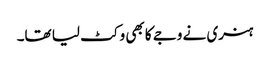
ہنری نے وجے کا بھی وکٹ لیا تھا۔